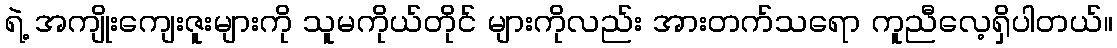
ရဲ့ အကျိုးကျေးဇူးများကို သူမကိုယ်တိုင် များကိုလည်း အားတက်သရော ကူညီလေ့ရှိပါတယ်။